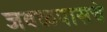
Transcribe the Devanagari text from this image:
जवळपासचे